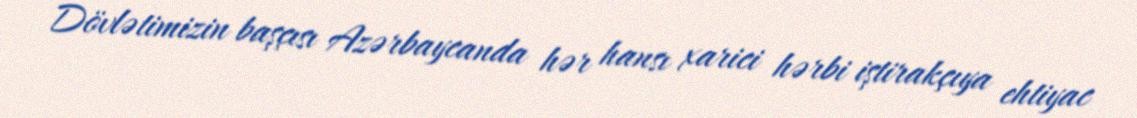
Dövlətimizin başçısı Azərbaycanda hər hansı xarici hərbi iştirakçıya ehtiyac